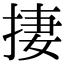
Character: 捿